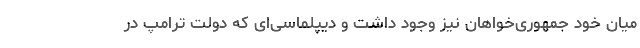
میان خود جمهوری‌خواهان نیز وجود داشت و دیپلماسی‌ای که دولت ترامپ در